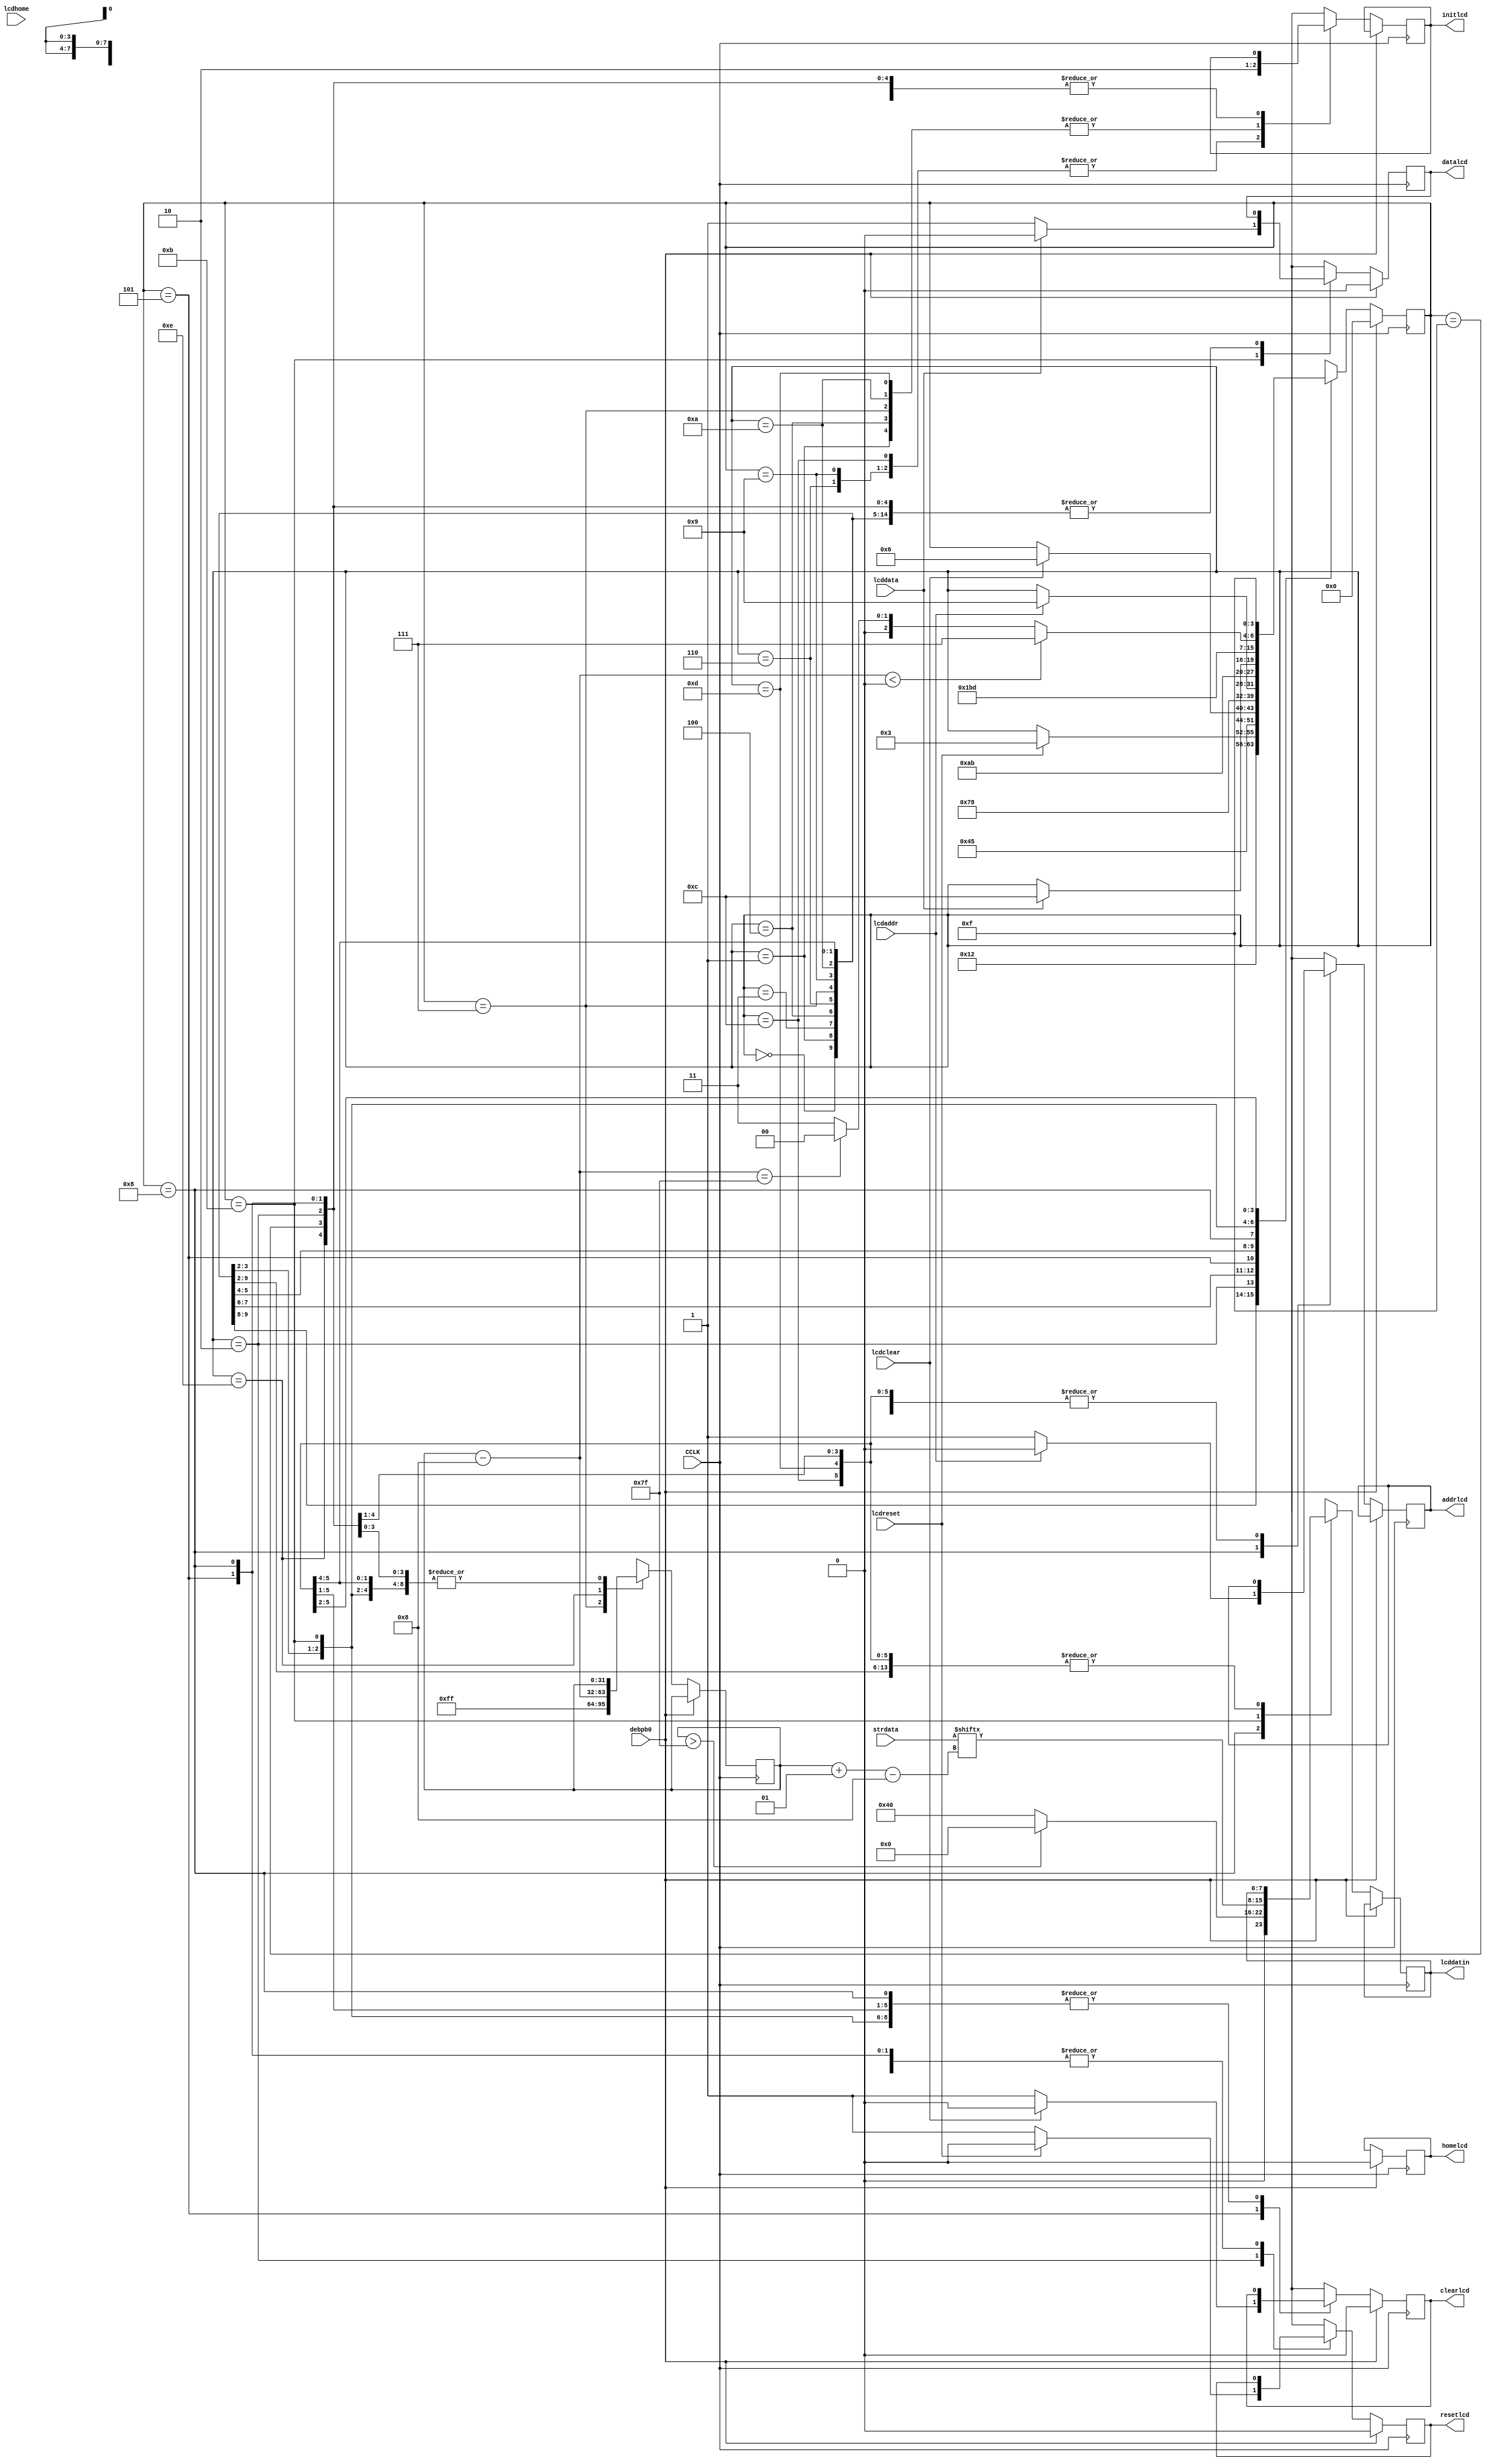
module genlcd(input CCLK, debpb0, input [255:0]strdata, output reg resetlcd,
              output reg clearlcd, output reg homelcd,
              output reg datalcd, output reg addrlcd,
              output reg initlcd, input lcdreset, lcdclear,
              input lcdhome, lcddata, lcdaddr,
              output reg [7:0] lcddatin);

    reg [3:0] gstate;       // state register

    integer i;

    always@(posedge CCLK) begin
        if (debpb0==1)
            begin
                resetlcd=0;
                clearlcd=0;
                homelcd=0;
                datalcd=0;
                gstate=0;
            end
        else
        
        case (gstate)
            0:  begin
                    initlcd=1;
                    gstate=1;
                end
            1:  begin
                    initlcd=0;
                    gstate=2;
                end
            2:  begin
                    resetlcd=1;
                    if (lcdreset==1)
                        begin
                           resetlcd=0;
                            gstate=3;
                        end
                end
            3:  begin
                    initlcd=1;
                    gstate=4;
                end
            4:  begin
                    initlcd=0;
                    gstate=5;
                end
            5:  begin
                    clearlcd=1;
                    if (lcdclear==1)
                        begin
                            clearlcd=0;
                            gstate=6;
                        end
                end
            6:  begin
                    initlcd=1;
                    gstate=7;
                end
            7:  begin
                    initlcd=0;
                    i=255;
                    gstate=8;
                end
            8:  begin  
                    if(i>127)
                        lcddatin[7:0]=8'b0000_0000;
                    else
                        lcddatin[7:0]=8'b0100_0000;
                        
                    addrlcd=1;
                    if (lcdaddr==1)
                        begin
                            addrlcd=0;
                            gstate=9;
                        end
                end
            9:  begin
                    initlcd=1;
                    gstate=10;
                end
            10: begin
                    initlcd=0;
                    gstate=11;
                end
            11: begin
                    lcddatin[7:0]=strdata[i-:8];
                    datalcd=1;
                    if (lcddata==1)
                        begin
                            datalcd=0;
                            gstate=12;
                        end
                end
            12: begin
                    initlcd=1;
                    gstate=13;
                end
            13: begin
                    initlcd=0;
                    gstate=14;
                end
            14: begin
                    i=i-8;
                    if (i<0)
                        gstate=15;
                    else if (i==127)
                        gstate=8;
                    else
                        gstate=11;
                end
            15: gstate=15;
            default: gstate=15;
        endcase

    end

endmodule